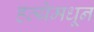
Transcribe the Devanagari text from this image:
हत्येमधून